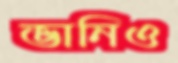
ভানিও